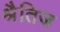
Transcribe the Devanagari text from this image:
श्रैतिज